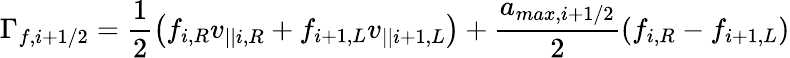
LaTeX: \Gamma_{f,i+1/2}=\frac{1}{2}\left(f_{i,R}v_{||i,R}+f_{i+1,L}v_{||i+1,L}\right)+\frac{a_{max,i+1/2}}{2}\left(f_{i,R}-f_{i+1,L}\right)